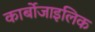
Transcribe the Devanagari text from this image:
कार्बोजाइलिक